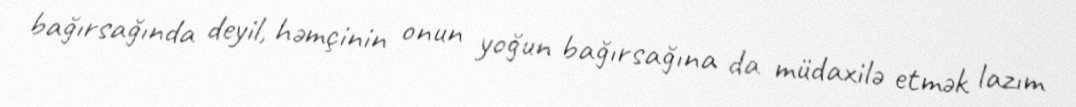
bağırsağında deyil, həmçinin onun yoğun bağırsağına da müdaxilə etmək lazım